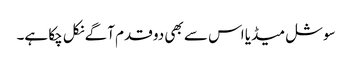
سوشل میڈیا اس سے بھی دو قدم آگے نکل چکا ہے۔